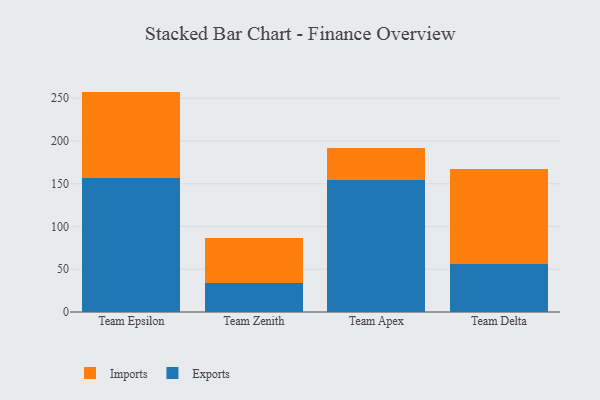
{"axis": {"x": "Team", "y": "Tickets Resolved"}, "legend": ["Exports", "Imports"], "data": [{"x": "Team Epsilon", "y": 156.8, "type": "Exports"}, {"x": "Team Epsilon", "y": 100.9, "type": "Imports"}, {"x": "Team Zenith", "y": 33.9, "type": "Exports"}, {"x": "Team Zenith", "y": 52.9, "type": "Imports"}, {"x": "Team Apex", "y": 153.9, "type": "Exports"}, {"x": "Team Apex", "y": 37.3, "type": "Imports"}, {"x": "Team Delta", "y": 55.7, "type": "Exports"}, {"x": "Team Delta", "y": 111.6, "type": "Imports"}]}